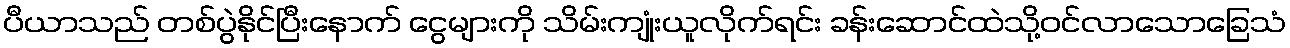
ပီယာသည် တစ်ပွဲနိုင်ပြီးနောက် ငွေများကို သိမ်းကျုံးယူလိုက်ရင်း ခန်းဆောင်ထဲသို့ဝင်လာသောခြေသံ